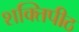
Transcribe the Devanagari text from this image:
शक्‍तिपीठ